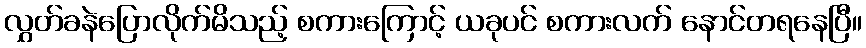
လွှတ်ခနဲပြောလိုက်မိသည့် စကားကြောင့် ယခုပင် စကားလက် နောင်တရနေပြီ။